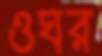
ওঘর